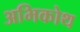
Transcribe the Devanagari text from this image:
अभिकोथ